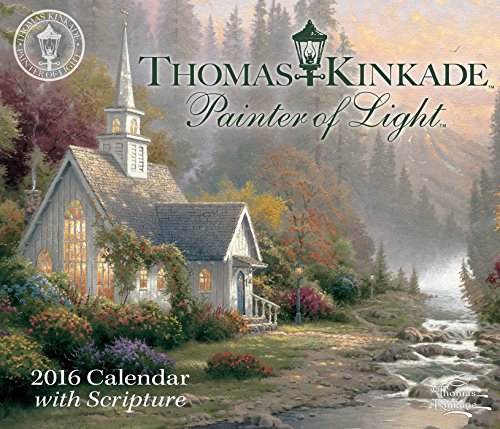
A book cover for Thomas Kinkade Painter of Light with Scripture 2016 Day-to-Day Calendar; Thomas Kinkade; Arts & Photography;